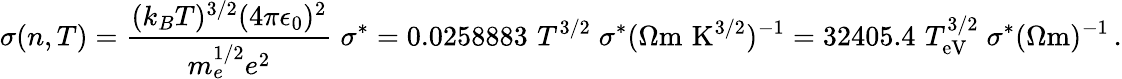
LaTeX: \sigma(n,T)=\frac{(k_{B}T)^{3/2}(4\pi\epsilon_{0})^{2}}{m_{e}^{1/2}e^{2}}\; \sigma^{*}=0.0258883\, \, T^{3/2}\; \sigma^{*}(\Omega\mathrm{m\, \, K}^{3/2})^{-1}=32405.4\, \, T_{\mathrm{eV}}^{3/2}\; \sigma^{*}(\Omega\mathrm{m})^{-1}\, .